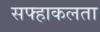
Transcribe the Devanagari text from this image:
सफ्हाकलता